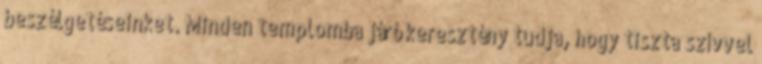
beszélgetéseinket. Minden templomba járó keresztény tudja, hogy tiszta szívvel